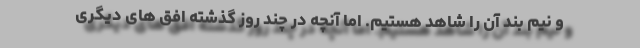
و نیم بند آن را شاهد هستیم. اما آنچه در چند روز گذشته افق های دیگری